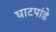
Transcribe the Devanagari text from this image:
घाटपांडे